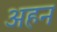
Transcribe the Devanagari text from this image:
अहन